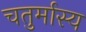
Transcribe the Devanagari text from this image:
चतुर्मास्य